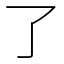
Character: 了